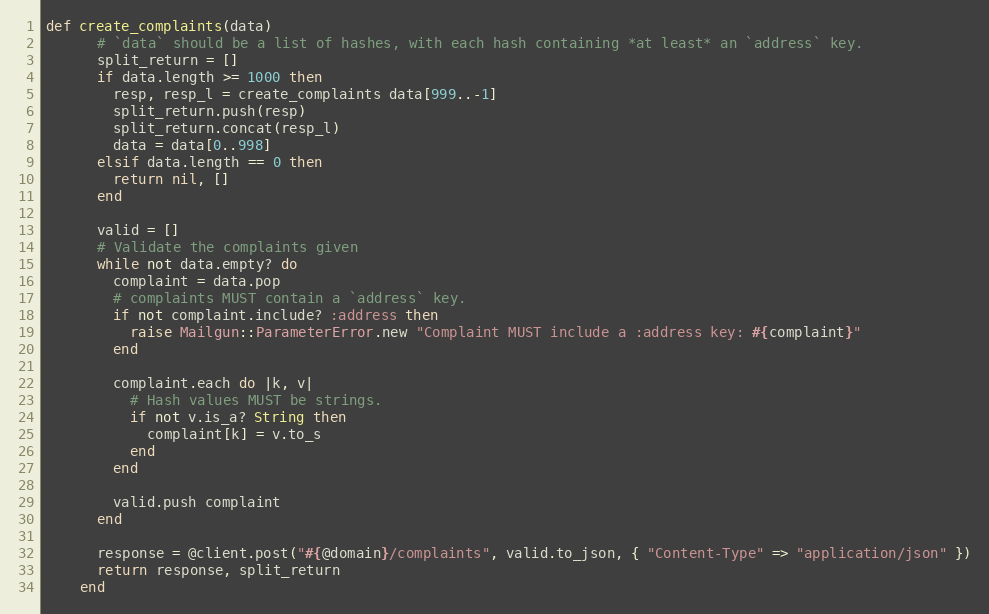
Language: Ruby
def create_complaints(data)
      # `data` should be a list of hashes, with each hash containing *at least* an `address` key.
      split_return = []
      if data.length >= 1000 then
        resp, resp_l = create_complaints data[999..-1]
        split_return.push(resp)
        split_return.concat(resp_l)
        data = data[0..998]
      elsif data.length == 0 then
        return nil, []
      end

      valid = []
      # Validate the complaints given
      while not data.empty? do
        complaint = data.pop
        # complaints MUST contain a `address` key.
        if not complaint.include? :address then
          raise Mailgun::ParameterError.new "Complaint MUST include a :address key: #{complaint}"
        end

        complaint.each do |k, v|
          # Hash values MUST be strings.
          if not v.is_a? String then
            complaint[k] = v.to_s
          end
        end

        valid.push complaint
      end

      response = @client.post("#{@domain}/complaints", valid.to_json, { "Content-Type" => "application/json" })
      return response, split_return
    end